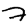
Digit: 7